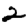
Digit: 2